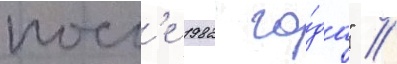
посл'е 1982 го́да" //